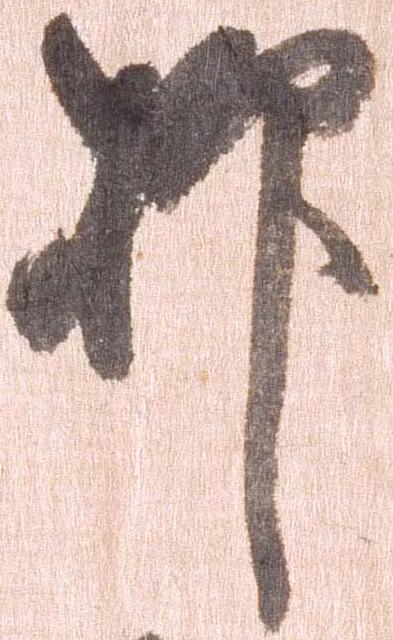
抑